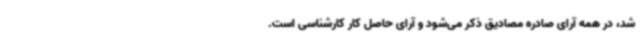
شد، در همه آرای صادره مصادیق ذکر می‌شود و آرای حاصل کار کارشناسی است.